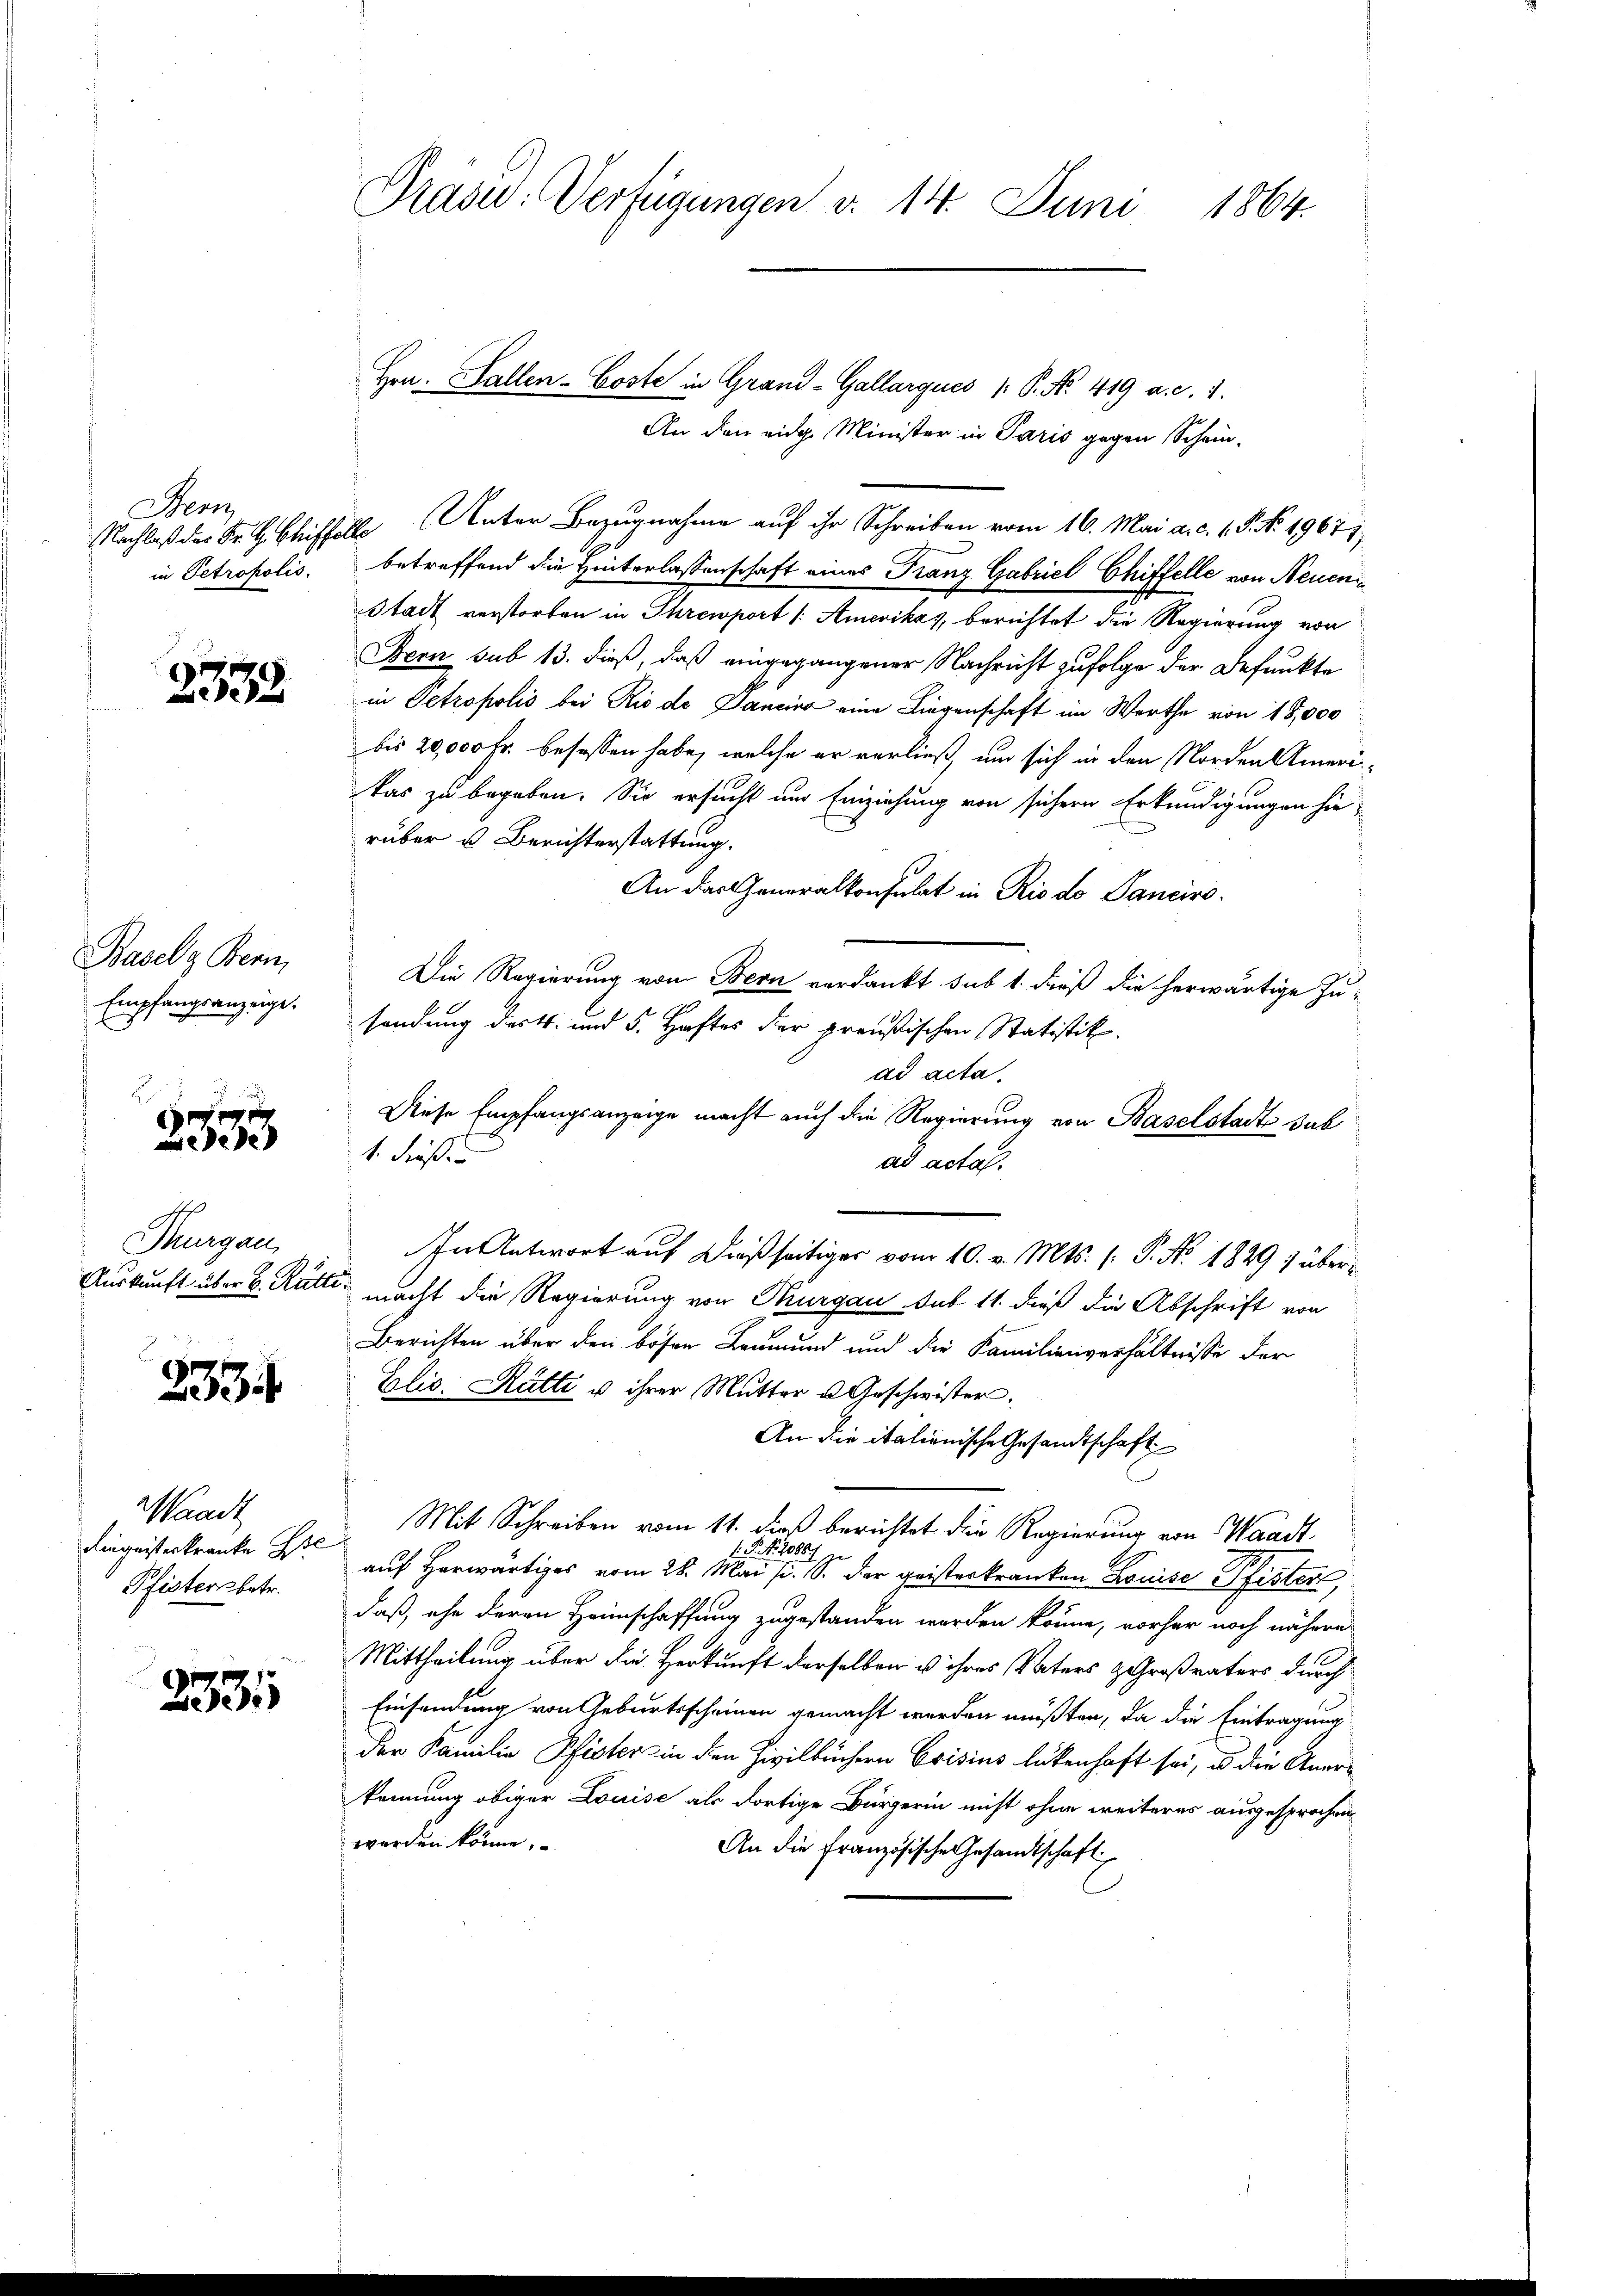
Sem
in Petropolis

2333

Basels Bern,
Empfangsanzeige.

2
235

Thurgau,

2334

Waadt
dingeisterkranke Isl
Pfister betr.

2335

Präsid. Verfügungen d. 14. Juni 1864.

Hrn. Gallen-Koste in Grand-Gallargues P. No. 419 a.d. 1.
An den eidg. Minister in Paris gegen Schein¬
Nachlaß das Fr. G. Bisfelle Unter Bezugnahme auf ihr Schreiben vom 16. Mai a. c. 1. P. Nr. 19671,
betreffend die Hinterlassenschaft eines Franz Gabricl Chiffelle von Neuen¬
Stadt verstorben in Ihremport /: Amerikas, berichtet die Regierung von
Bern sub 13. dieß, daß eingegangener Nachricht zufolge der Befunkte
in Petropolis bei Rio de Janeiro eine Liegenschaft im Werthe von 18,000
bis 20,000 Fr. besassen habe, welche er verließ, um sich in den Norden Amerikas zu begeben. Sie ersucht um Einziehung von sichern Erkundigungen hie-
rüber u. Berichterstattung.
An das Generalkonsulat in Rio do Sanciro.
Die Regierung von Bern verdankt sub 1. dieß die herwärtige Zu-
G
sendung dest. und 5. Haftes der preußischen Statistik.
ad acta.
Diese Empfangsanzeige macht auch die Regierung von Baselstadt sub
1. dieß
ad acta.
In Antwort auf dießseitiger vom 10. v. Mts. (: P. No. 1829 über¬
Auskunft über k. Rütte macht die Regierung von Thurgau sub 11. dieß die Abschrift von
Berichten über den bösen Leumund und die Familienverhältnisse der
Elis. Rütti u. ihrer Mutter u. Geschwister.
An die italienische Gesandtschaft
Mit Schreiben vom 11. dieß berichtet die Regierung von Waadt
.P. Nr. 20867 zu
auf herwärtiges vom 26. Mai l. 10. der geisterkranken Louise Pfister,
daß, ehe deren Heimschaffung zugestanden werden könne, vorher noch nähere
Mittheilung über die Herkunft derselben u ihres Vaters Großvaters durch
Einsendung von Geburtsscheinen gemacht werden müßten, da die Eintragung
der Familie Pfister in den Zivilbüchern Erisius lückenhaft sei, u. die Aner-
kennung obiger Louise als dortige Bürgerin nicht ohne weiteres ausgesprochen
werden könne.
An die französische Gesandtschaft